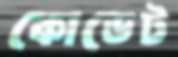
কোডেট